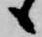
候